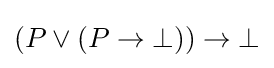
(P\lor (P\to \bot ))\to \bot